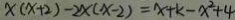
x ( x + 2 ) - 2 x ( x - 2 ) = x + k - x ^ { 2 } + 4